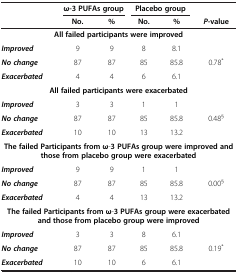
<table><thead><tr><td><b> </b></td><td colspan="2"><b>ω-3 PUFAs group</b></td><td colspan="2"><b>Placebo group</b></td><td><b> </b></td></tr><tr><td><b> </b></td><td><b>No.</b></td><td><b>%</b></td><td><b>No.</b></td><td><b>%</b></td><td><b><i>P-</i>value</b></td></tr></thead><tbody><tr><td colspan="6"><b>All failed participants were improved</b></td></tr><tr><td><b><i>Improved</i></b></td><td>9</td><td>9</td><td>8</td><td>8.1</td><td rowspan="3">0.78<sup>*</sup></td></tr><tr><td><b><i>No change</i></b></td><td>87</td><td>87</td><td>85</td><td>85.8</td></tr><tr><td><b><i>Exacerbated</i></b></td><td>4</td><td>4</td><td>6</td><td>6.1</td></tr><tr><td colspan="6"><b>All failed participants were exacerbated</b></td></tr><tr><td><b><i>Improved</i></b></td><td>3</td><td>3</td><td>1</td><td>1</td><td rowspan="3">0.48<sup>§</sup></td></tr><tr><td><b><i>No change</i></b></td><td>87</td><td>87</td><td>85</td><td>85.8</td></tr><tr><td><b><i>Exacerbated</i></b></td><td>10</td><td>10</td><td>13</td><td>13.2</td></tr><tr><td colspan="6"><b>The failed Participants from ω</b>-<b>3 PUFAs group were improved and those from placebo group were exacerbated</b></td></tr><tr><td><b><i>Improved</i></b></td><td>9</td><td>9</td><td>1</td><td>1</td><td rowspan="3">0.00<sup>§</sup></td></tr><tr><td><b><i>No change</i></b></td><td>87</td><td>87</td><td>85</td><td>85.8</td></tr><tr><td><b><i>Exacerbated</i></b></td><td>4</td><td>4</td><td>13</td><td>13.2</td></tr><tr><td colspan="6"><b>The failed Participants from ω</b>-<b>3 PUFAs group were exacerbated and those from placebo group were improved</b></td></tr><tr><td><b><i>Improved</i></b></td><td>3</td><td>3</td><td>8</td><td>6.1</td><td rowspan="2">0.19<sup>*</sup></td></tr><tr><td><b><i>No change</i></b></td><td>87</td><td>87</td><td>85</td><td>85.8</td></tr><tr><td><b><i>Exacerbated</i></b></td><td>10</td><td>10</td><td>6</td><td>6.1</td><td> </td></tr></tbody></table>